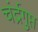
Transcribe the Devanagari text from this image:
चंर्द्रगुप्त